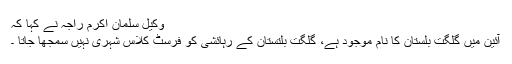
وکیل سلمان اکرم راجہ نے کہا کہ
آئین میں گلگت بلستان کا نام موجود ہے، گلگت بلتستان کے رہائشی کو فرسٹ کلاس شہری نہیں سمجھا جاتا ۔